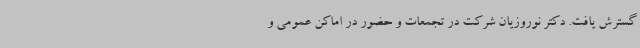
گسترش یافت. دکتر نوروزیان شرکت در تجمعات و حضور در اماکن عمومی و